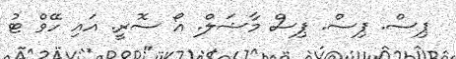
ޕިސް. ޕިސް. ޕިސް މާޝަލް. އޯ ސޮރީ. އައި ހޭވް ޓު